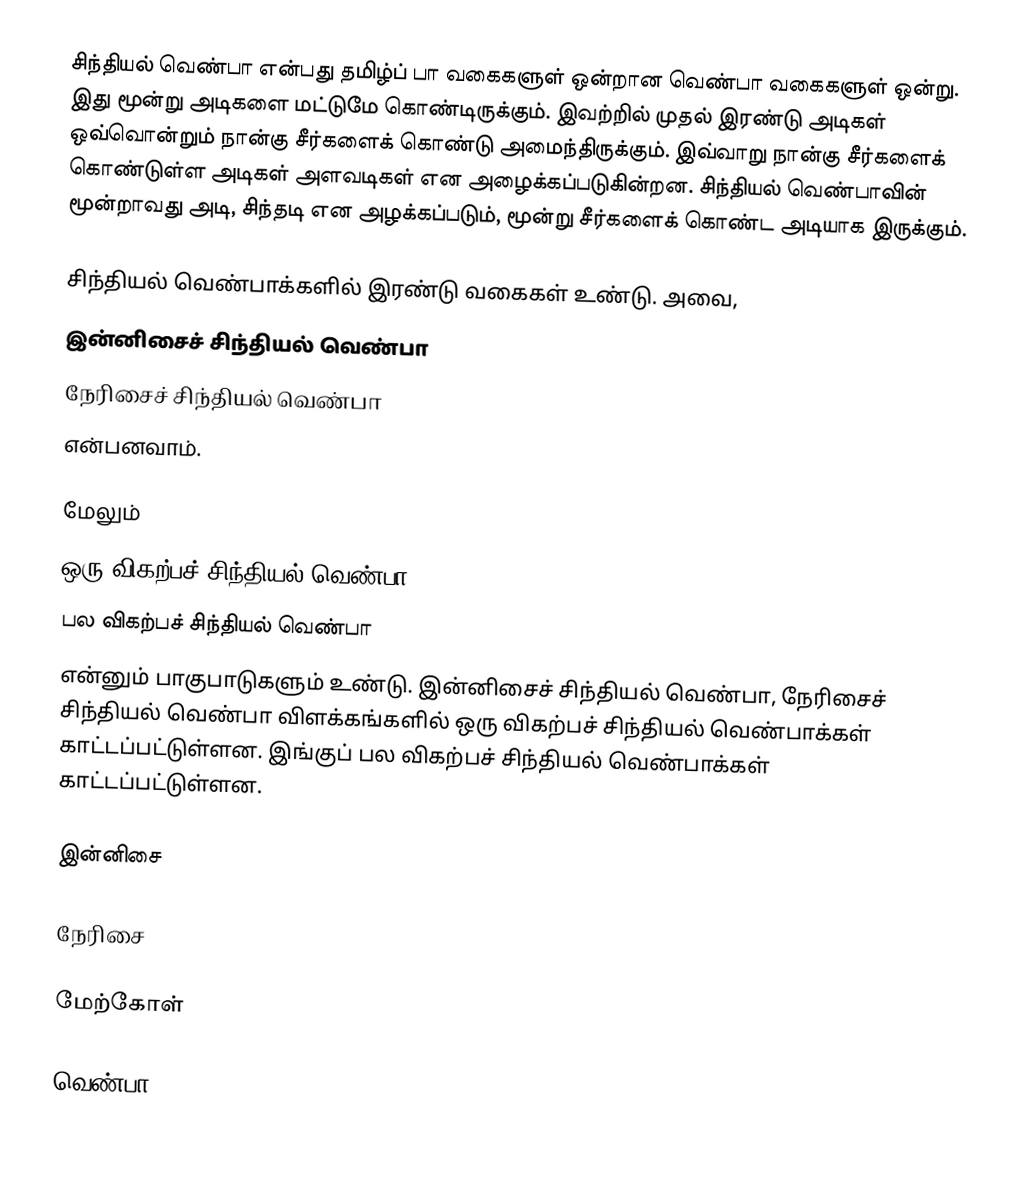
சிந்தியல் வெண்பா என்பது தமிழ்ப் பா வகைகளுள் ஒன்றான வெண்பா வகைகளுள் ஒன்று. இது மூன்று அடிகளை மட்டுமே கொண்டிருக்கும். இவற்றில் முதல் இரண்டு அடிகள் ஒவ்வொன்றும் நான்கு சீர்களைக் கொண்டு அமைந்திருக்கும். இவ்வாறு நான்கு சீர்களைக் கொண்டுள்ள அடிகள் அளவடிகள் என அழைக்கப்படுகின்றன. சிந்தியல் வெண்பாவின் மூன்றாவது அடி, சிந்தடி என அழக்கப்படும், மூன்று சீர்களைக் கொண்ட அடியாக இருக்கும்.

சிந்தியல் வெண்பாக்களில் இரண்டு வகைகள் உண்டு. அவை,
 இன்னிசைச் சிந்தியல் வெண்பா
 நேரிசைச் சிந்தியல் வெண்பா
என்பனவாம்.

மேலும்
ஒரு விகற்பச் சிந்தியல் வெண்பா
பல விகற்பச் சிந்தியல் வெண்பா
என்னும் பாகுபாடுகளும் உண்டு.  இன்னிசைச் சிந்தியல் வெண்பா, நேரிசைச் சிந்தியல் வெண்பா விளக்கங்களில் ஒரு விகற்பச் சிந்தியல் வெண்பாக்கள் காட்டப்பட்டுள்ளன. இங்குப் பல விகற்பச் சிந்தியல் வெண்பாக்கள் காட்டப்பட்டுள்ளன.

இன்னிசை

நேரிசை

மேற்கோள்

வெண்பா